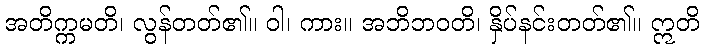
အတိက္ကမတိ၊ လွန်တတ်၏။ ဝါ၊ ကား။ အဘိဘဝတိ၊ နှိပ်နင်းတတ်၏။ ဣတိ